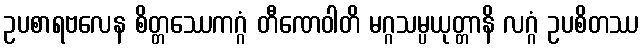
ဥပစာရဗလေန စိတ္တဿေကဂ္ဂံ တီဏေဝါတိ မဂ္ဂသမ္ပယုတ္တာနိ လဂ္ဂံ ဥပစိတဿ